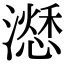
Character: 𣿜